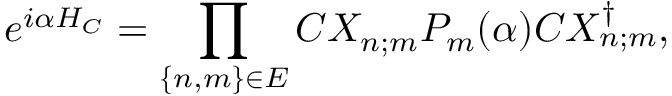
e ^ { i \alpha H _ { C } } = \prod _ { \left\{ n , m \right\} \in E } C X _ { n ; m } P _ { m } ( \alpha ) C X _ { n ; m } ^ { \dagger } ,